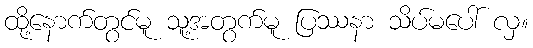
ထို့နောက်တွင်မူ သူ့အတွက်မူ ပြဿနာ သိပ်မပေါ် လှ။